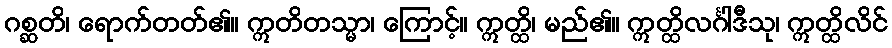
ဂစ္ဆတိ၊ ရောက်တတ်၏။ ဣတိတသ္မာ၊ ကြောင့်။ ဣတ္ထိ၊ မည်၏။ ဣတ္ထိလင်္ဂါဒီသု၊ ဣတ္ထိလိင်